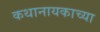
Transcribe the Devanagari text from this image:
कथानायकाच्या